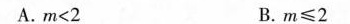
A.$$m < 2$$ B.$$m ≤ 2$$